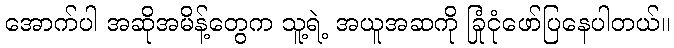
အောက်ပါ အဆိုအမိန့်တွေက သူ့ရဲ့ အယူအဆကို ခြုံငုံဖော်ပြနေပါတယ်။